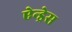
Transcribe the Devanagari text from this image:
ऐन्‍ड्रेस